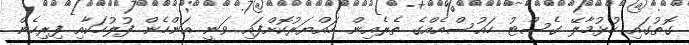
ގޮތުގައި ހުޅުމާލޭ ގެސްޓު ހައުސްއެއްގެ ތެރެއިން ހައްޔަރުކޮށްފައި ވަނީ އަންހެން ފުލުހަކާއި ފިރިހެން